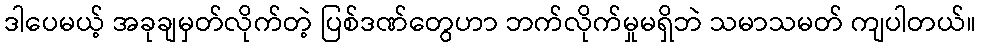
ဒါပေမယ့် အခုချမှတ်လိုက်တဲ့ ပြစ်ဒဏ်တွေဟာ ဘက်လိုက်မှုမရှိဘဲ သမာသမတ် ကျပါတယ်။